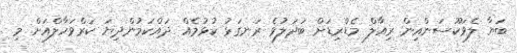
ބަޔާ ލެވަކޫސަންއިން ރިއާލް މެޑްރިޑަށް ބަދަލުވެ ރަނގަޅު ކުޅުމެއް ދައްކަމުންދިޔަ ކަރްވަހާލްއަށް މި